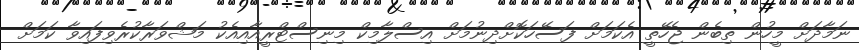
ނަމާދަށް މީހުން ތިބެން ޖެހޭތީ އެކަމަށް ފަސޭހަކޮށްދިނުމަށް އިސްލާމިކް މިނިސްޓްރީއާއިއެކު މަޝްވަރާކުރެވިފައިވާ ކަމަށް